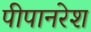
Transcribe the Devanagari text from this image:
पीपानरेश